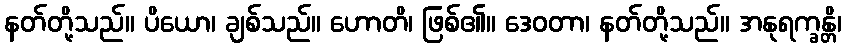
နတ်တို့သည်။ ပိယော၊ ချစ်သည်။ ဟောတိ၊ ဖြစ်၏။ ဒေဝတာ၊ နတ်တို့သည်။ အနုရက္ခန္တိ၊